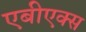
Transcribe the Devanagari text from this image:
एबीएक्स